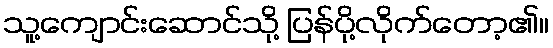
သူ့ကျောင်းဆောင်သို့ ပြန်ပို့လိုက်တော့၏။